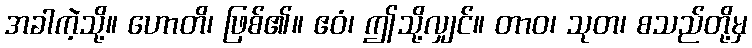
အခါကဲ့သို့။ ဟောတိ၊ ဖြစ်၏။ ဧဝံ၊ ဤသို့လျှင်။ တာဝ၊ သုတ၊ စသည်တို့မှ